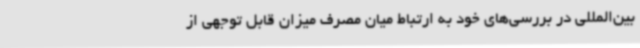
بین‌المللی در بررسی‌های خود به ارتباط میان مصرف میزان قابل توجهی از